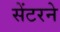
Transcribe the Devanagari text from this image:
सेंटरने